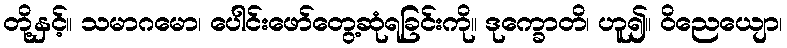
တို့နှင့်။ သမာဂမော၊ ပေါင်းဖော်တွေ့ဆုံရခြင်းကို။ ဒုက္ခောတိ၊ ဟူ၍။ ဝိညေယျော၊